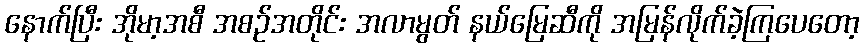
နောက်ပြီး အိုမာ့အစီ အစဉ်အတိုင်း အလာမွတ် နယ်မြေဆီကို အမြန်လိုက်ခဲ့ကြပေတော့